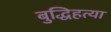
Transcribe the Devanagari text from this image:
बुद्धिहत्या